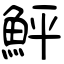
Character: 鮃